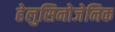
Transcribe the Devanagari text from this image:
हेलुसिनोजेनिक